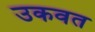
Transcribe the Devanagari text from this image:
उकवत